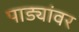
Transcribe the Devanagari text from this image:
पाड्यांवर